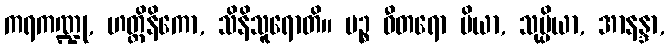
ကရကဏ္ဍု, ဟတ္ထိနိကော, သိနိသူရောတိ။ ပဉ္စ ဓီတရော ပိယာ, သုပ္ပိယာ, အာနန္ဒာ,